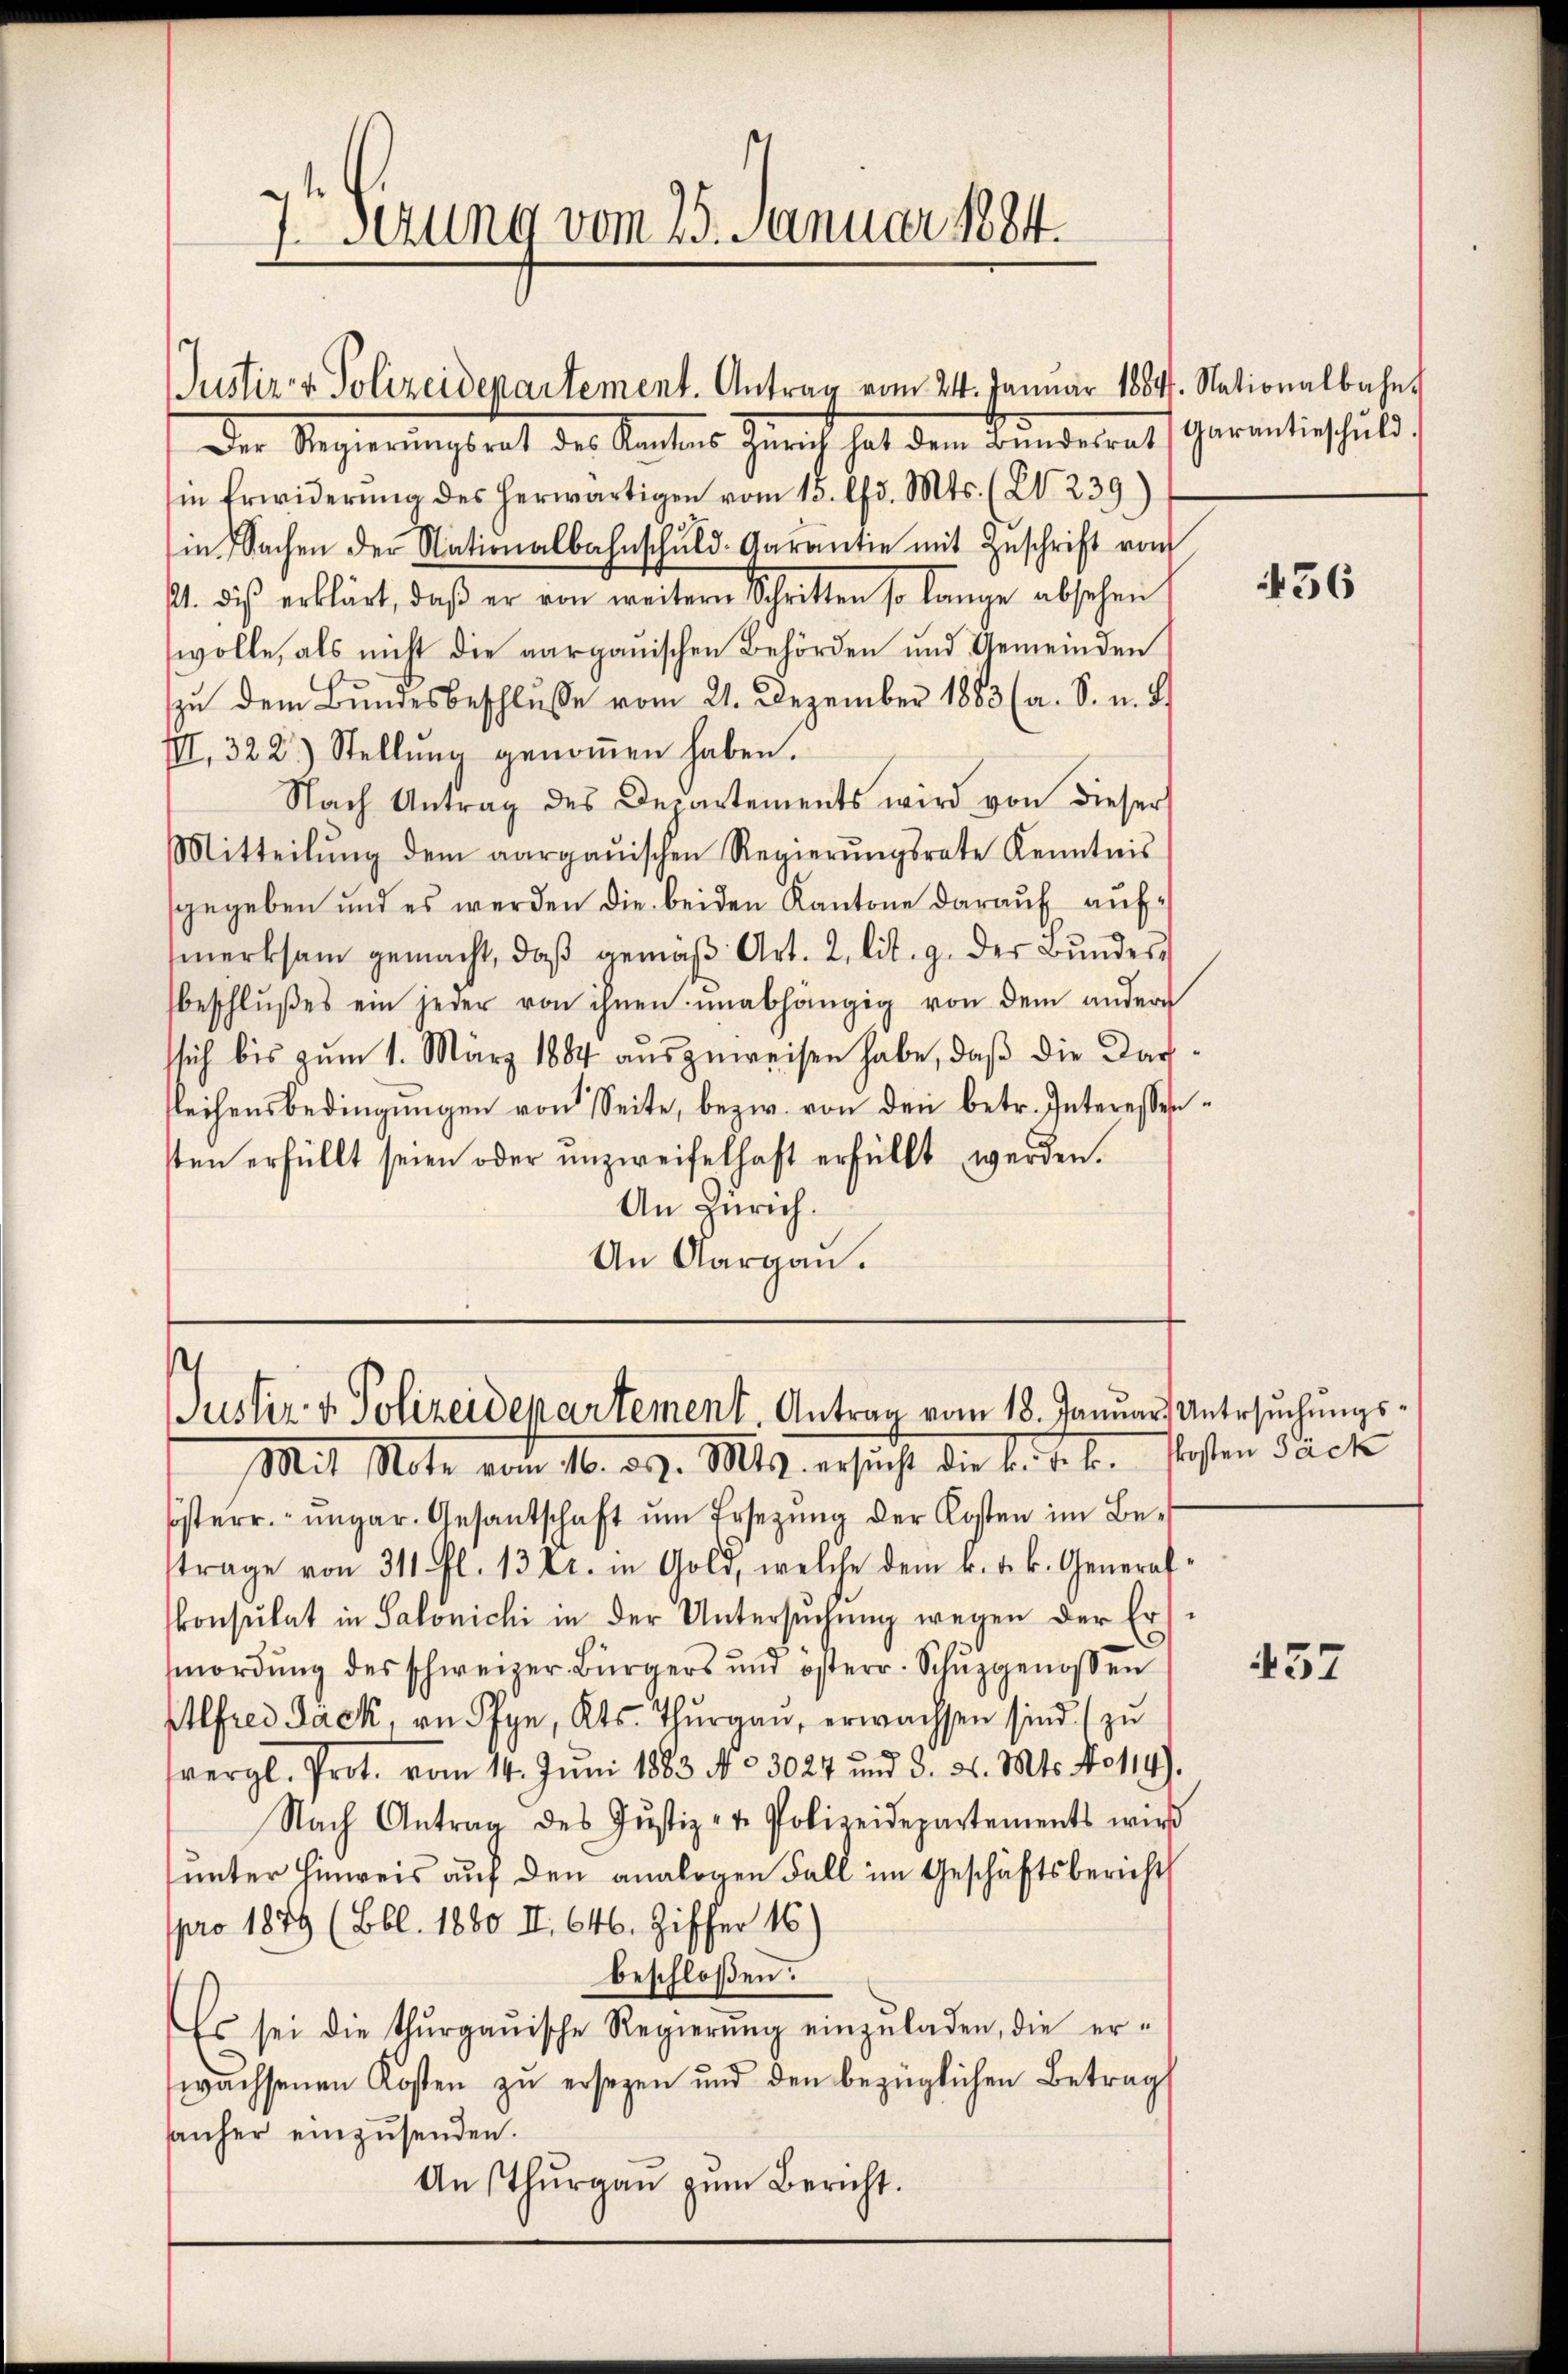
J.Sezung vom 25. Januar 1884.

Justiz- & Polizeidepartement. Antrag vom 24. Januar 1884. Nationalbahn

Justiz v. Polizeidepartement. Antrag vom 18. Januar Untersuchungs¬

Der Regierungsrat des Kantons Gericht hat den Bundesrath Garantischuld
in Erwiderŭng des herwärtigen vom 15. d. Mts. (Z. 239.)
in Sachen der Nationalbahnschŭld-Garantie mit Zŭschrift vom
A. dies erklärt, daβ er von weitern Schritten so lange absehen
wolle, als nicht die aargauischen Behörden und Gemeinden
zu dem Bundesbeschlusse vom 21. Dezember 1883 (a. S. u. 2.
III. 322) Stellŭng genoṁen haben.
Nach Antrag des Departements wird von dieser
Mitteilŭng dem aargauischen Regierŭngsrate Kenntnis
sgegeben und es werden die beiden Kantone darauf aufmerksam gemacht, daβ gemäβ Art. 2, lit. g. der Bŭndesbeschlŭβes ein jeder von ihnen unabhängig von dem ander
ssich bis zum 1. März 1884 auszuweisen habe, daß die Darsleihensbedingŭngen von Seite, bezw. von den betr. Interessensten erfüllt seien oder unzweifelhaft erfüllt werden.
An Zürich.
An Aargau.

Mit Note vom 16. d. d. Ms. ersucht die Bethen Posten Sack
sösterr. ungar. Gesantschaft ŭm Ersezung der Kosten im Be-
trage von 311 fl. 13 Xr. in Gold, welche dem k. k. k. General
konsulat in Salonichi in der Untersuchung wegen der Ermordung des schweizer Bürgers und österr. Schŭzgenossen
Alfrei Jack, an Pfyn, Kts. Thurgau, erwachsen sind (zu
vergl. Prot. vom 14. Juni 1883 No 3027 und 3. d. Mts. No 114).
Nach Antrag des Justiz- & Polizeidepartements wird
unter Hinweis auf den analogen Fall im Geschäftsbericht
pro 1879 (Bbl. 1880 II. 646. Ziffer 16)
beschloßen:
Es sei die Thŭrgaŭische Regierŭng einzŭladen, die er-
wachsenen Kosten zu ersezen und den bezüglichen Betrag
anher einzusenden.
An Thurgau zum Bericht.

436

437